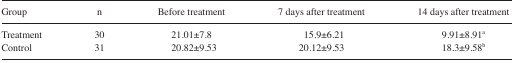
<table><thead><tr><td><b>Group</b></td><td><b>n</b></td><td><b>Before treatment</b></td><td><b>7 days after treatment</b></td><td><b>14 days after treatment</b></td></tr></thead><tbody><tr><td>Treatment</td><td>30</td><td>21.01±7.8</td><td>15.9±6.21</td><td>9.91±8.91<sup>a</sup></td></tr><tr><td>Control</td><td>31</td><td>20.82±9.53</td><td>20.12±9.53</td><td>18.3±9.58<sup>b</sup></td></tr></tbody></table>